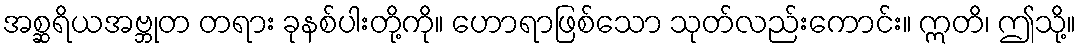
အစ္ဆရိယအဗ္ဘုတ တရား ခုနစ်ပါးတို့ကို။ ဟောရာဖြစ်သော သုတ်လည်းကောင်း။ ဣတိ၊ ဤသို့။